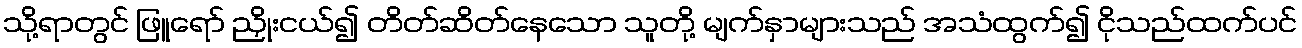
သို့ရာတွင် ဖြူရော် ညှိုးငယ်၍ တိတ်ဆိတ်နေသော သူတို့ မျက်နှာများသည် အသံထွက်၍ ငိုသည်ထက်ပင်